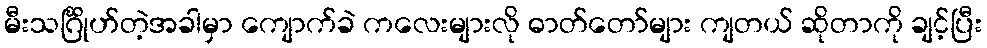
မီးသင်္ဂြိုဟ်တဲ့အခါမှာ ကျောက်ခဲ ကလေးများလို ဓာတ်တော်များ ကျတယ် ဆိုတာကို ချင့်ပြီး